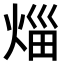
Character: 𤉣